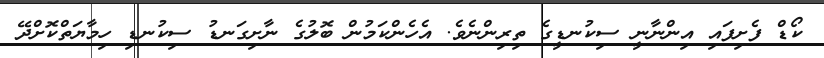
ކޯޑް ފެށިފައި އިންނާނީ ސިކުނޑީގެ ތިރިންނެވެ. އެހެންކަމުން ބޮލުގެ ނާށިގަނޑު ސިކުނޑި ހިމާޔަތްކޮށްދޭ